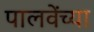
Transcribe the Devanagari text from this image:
पालवेंच्या